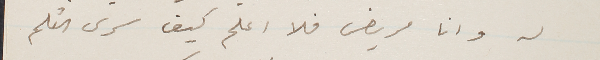
له وانا مريض فلا اعلم كيف سرى القلم